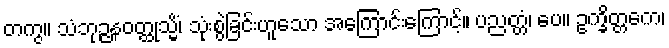
တကွ။ သံဘုဉ္ဇနဝတ္ထုသ္မိံ၊ သုံးစွဲခြင်းဟူသော အကြောင်းကြောင့်။ ပညတ္တံ၊ ပေ။ ဥက္ခိတ္တကေ၊